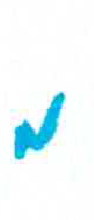
אות: מ